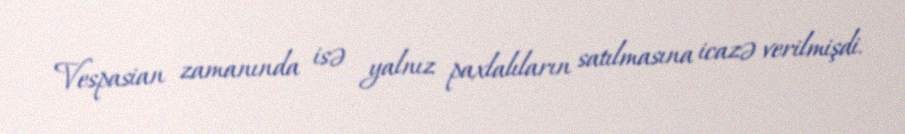
Vespasian zamanında isə yalnız paxlalıların satılmasına icazə verilmişdi.